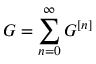
G = \sum _ { n = 0 } ^ { \infty } G ^ { [ n ] }